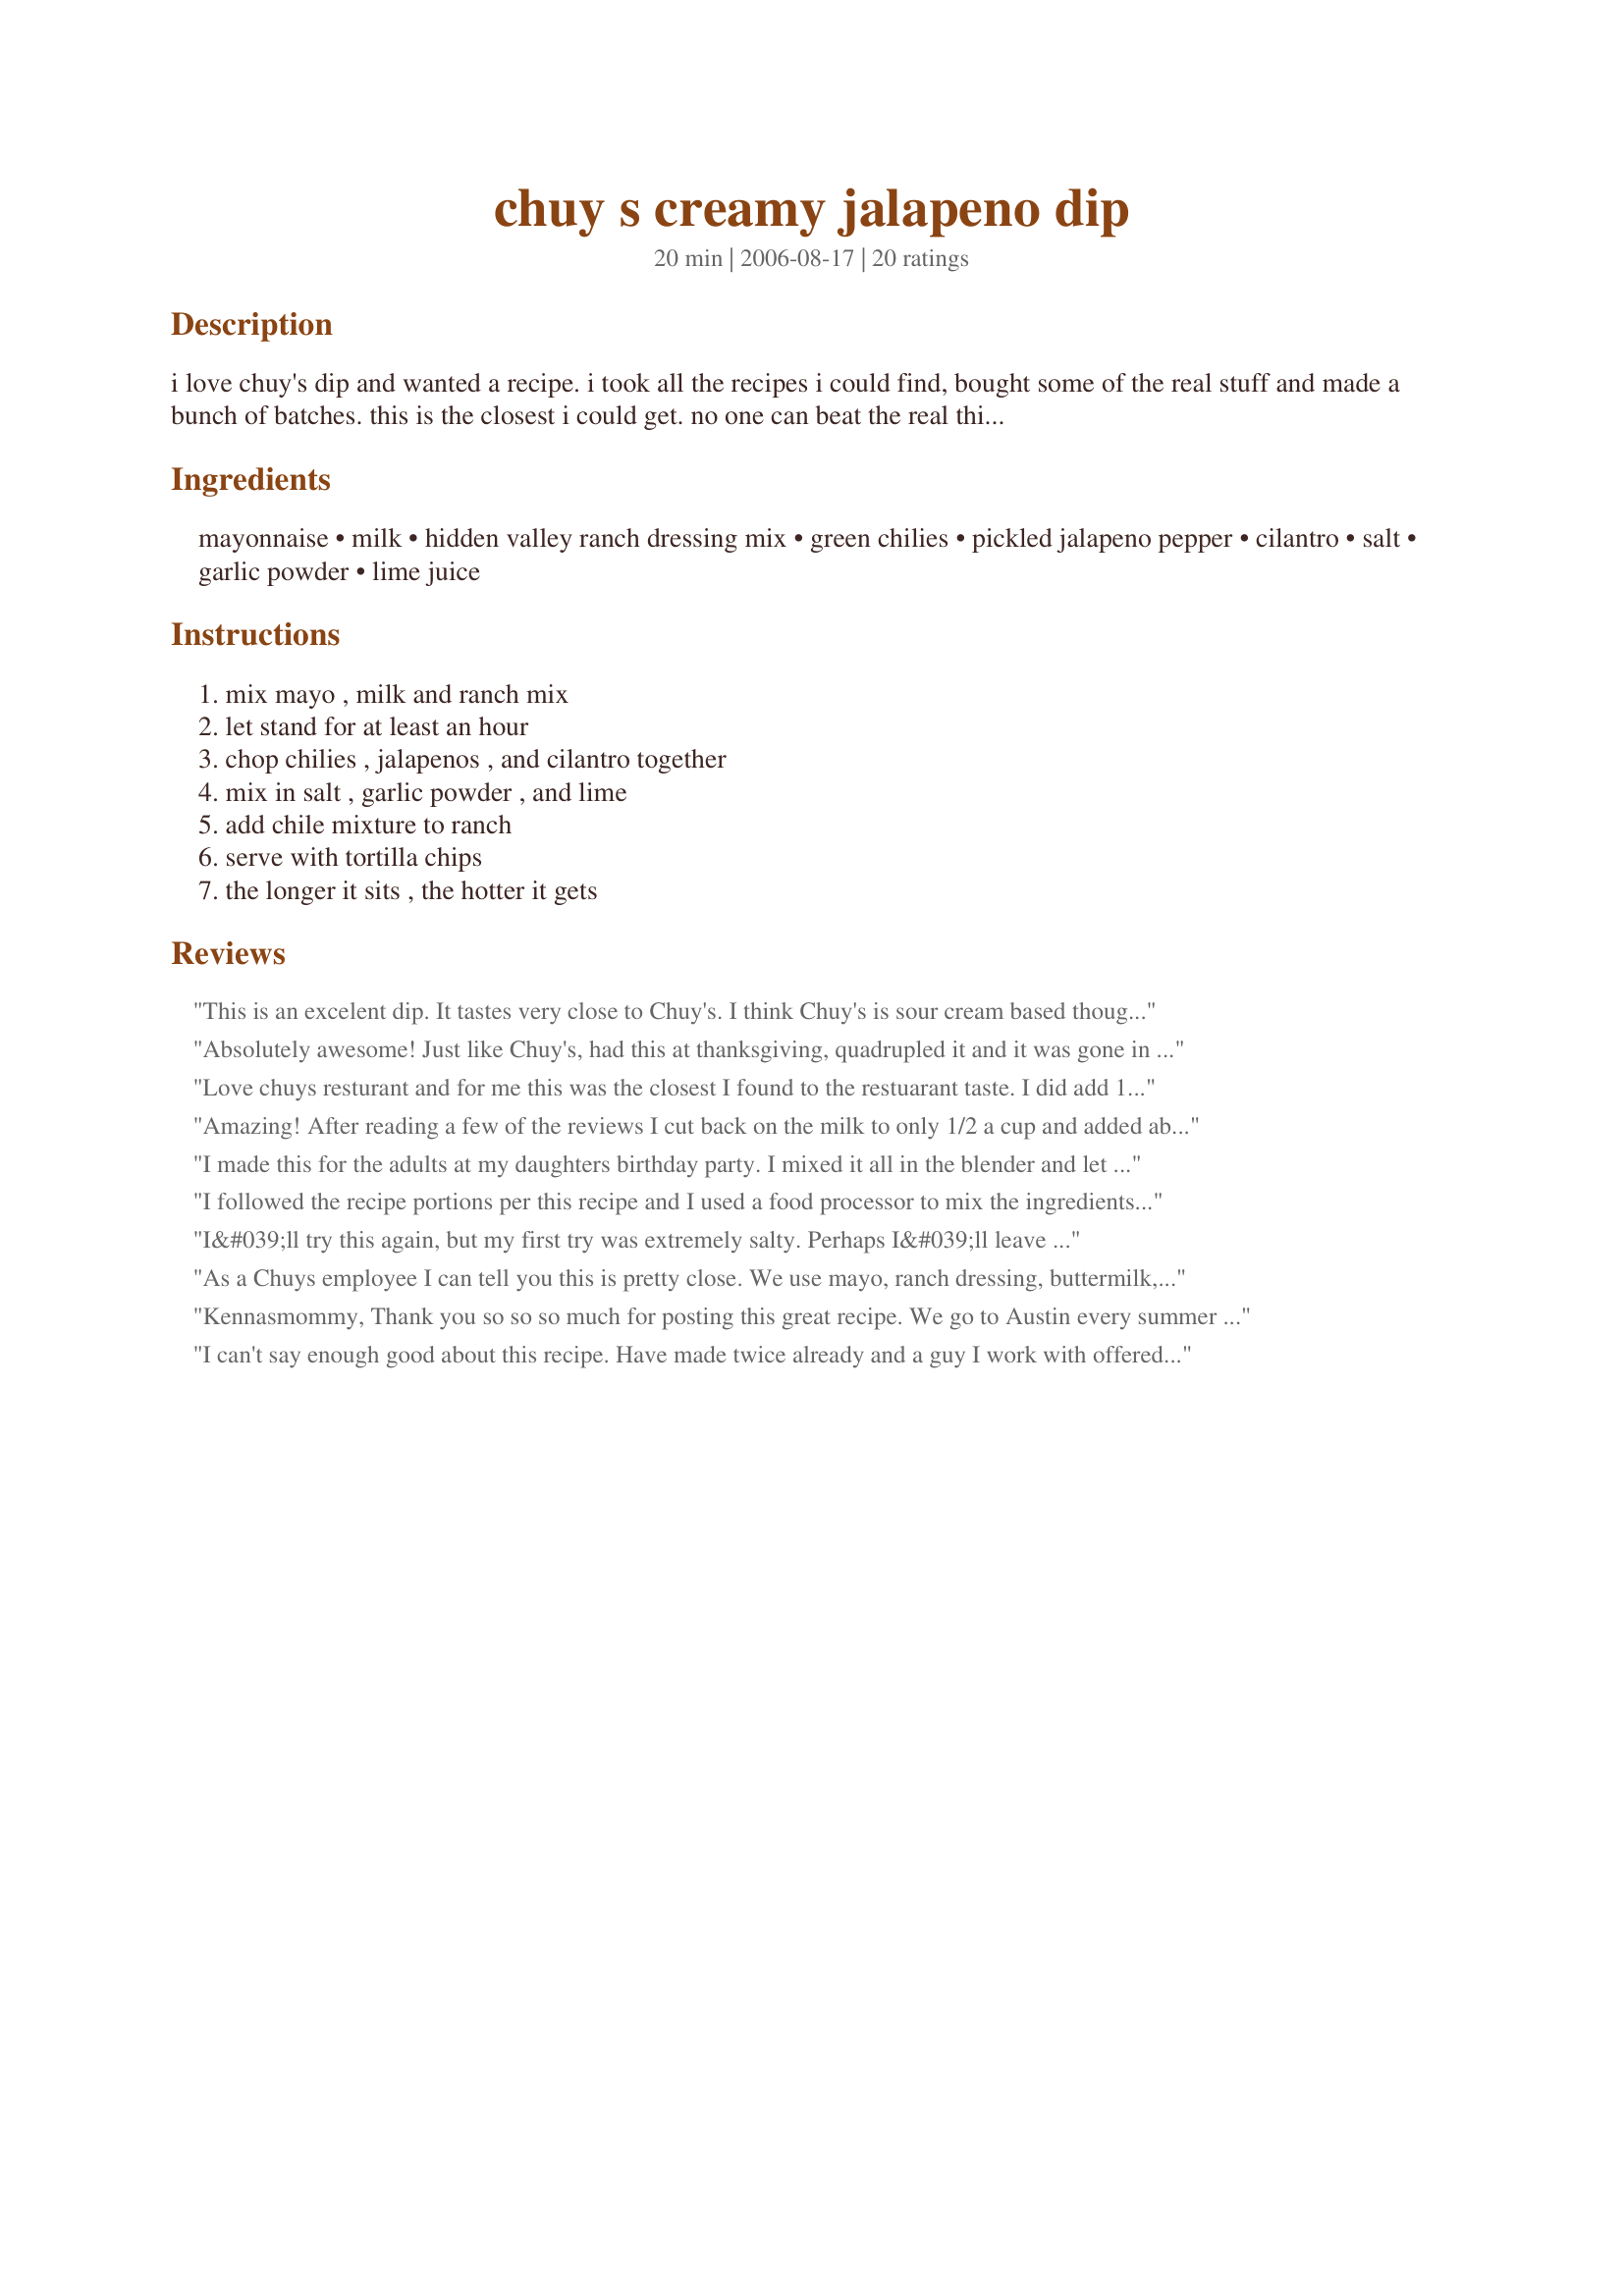
chuy s creamy jalapeno dip
Preparation time: 20 minutes

i love chuy's dip and wanted a recipe. i took all the recipes i could find, bought some of the real stuff and made a bunch of batches. this is the closest i could get. no one can beat the real thing. you can adjust the jalepenos according to your taste. also if you want a smoother texture, everything can be thrown in the blender after step 1. the longer is sits, the hotter it gets.

Ingredients:
mayonnaise, milk, hidden valley ranch dressing mix, green chilies, pickled jalapeno pepper, cilantro, salt, garlic powder, lime juice

Steps:
mix mayo , milk and ranch mix, let stand for at least an hour, chop chilies , jalapenos , and cilantro together, mix in salt , garlic powder , and lime, add chile mixture to ranch, serve with tortilla chips, the longer it sits , the hotter it gets

Reviews:
This is an excelent dip. It tastes very close to Chuy's. I think Chuy's is sour cream based though. But this is very yummy!
Absolutely awesome! Just like Chuy's, had this at thanksgiving, quadrupled it and it was gone in a hurry. I threw everything in food processor and served with warm tortillas, fabulous
Love chuys resturant and for me this was the closest I found to the restuarant taste. I did add 1/2 cup sour cream and it was spot on.
Amazing! After reading a few of the reviews I cut back on the milk to only 1/2 a cup and added about 1/3 of a cup of sour cream (it was still a little thin, but great for dipping none the less). I also blended the jalapenos, green chilies and cilantro in a magic bullet before adding them to the ranch mix to make more of a puree instead of having jalapeno chunks. I will definitely be making this again.
I made this for the adults at my daughters birthday party. I mixed it all in the blender and let it sit, it was too runny and very hot so I mixed in some sourcream it was PERFECT!! Oh and I did not add salt. The bowl was EMPTY!! YUMMY!!! THANK YOU FOR SHARRING!!
I followed the recipe portions per this recipe and I used a food processor to mix the ingredients. I simply portioned out each ingredient into the food processor and mixed, rather than allowing some of them to sit for an hour as instructed. The flavor was good, but wasn't quite as robust as Chuy's. I added 1/2 tsp more garlic and 1 tsp more lime and in my opinion, it was much better and tasted more like the restaurant's version.
I&#039;ll try this again, but my first try was extremely salty. Perhaps I&#039;ll leave the salt out next time and add it afterward. After a few tweaks, it tastes fine but nothing to write home about.
As a Chuys employee I can tell you this is pretty close. We use mayo, ranch dressing, buttermilk, cilantro, jalape&ntilde;os, and our tomatillo sauce.
Kennasmommy, Thank you so so so much for posting this great recipe. We go to Austin every summer and the first restaurant we must visit is Chuy's! The chips with this sauce and the Texas martinis are TDF!
I can't say enough good about this
recipe. Have made twice already 
and a guy I work with offered to pay me to make him a gallon!!
Just great recipe. Thank you so
much Kennasmommy!
Pretty darn good! I ran out of cilantro so could not add the full amount, which may have been either a good thing (as I don't like cilantro a lot) or a bad thing (as what I did add tasted good). I also didn't add as much salt as indicated--just trying to be a bit healthier. Thanks for sharing.
I;ve made this several times. It has become one of the requested items for parties. It's also great on taco salads.
First of all I LOVE Chuy's dip...it's to die for. I made this dip and the results were inedible. The final result was a very sweet mayo tasting dip that tasted nothing like Chuy's at all. I noticed that on the Hidden Valley ranch packet it said to use a cup of mayo and milk, but I stuck to your recipe and used 3/4's instead. Perhaps the mayo I used was not a good choice...I used Miracle Whip (Light). I am going to give this one more try once I find mayo that is not as sweet. Anyways, I will keep my fingers crossed that my next attempt will come out good.
UPDATE: I tried making this again with bottled ranch and the recipe tasted VERY similar to Chuy's. Next time I will use less jalapenos, it was a bit too spicy for me. Overall this is a very good recipe and it's very close to Chuy's version..just don't use Miracle Whip to make it!
I have tried several recipes, but this is by far the best!
This is VERY close. Next time I'll cut the garlic and salt in half (the garlic was overpowering for me). I used tomatillo salsa instead of the green chiles, and chopped everything in the food processor before adding to the ranch/mayo/milk mixture. I also wanted it slightly less spicy, so I cut back to 2/3 cup of jalapenos.
My wife told me about this great sauce a place out in Texas had. After a few different attempts We've found this one to be the closest! It tastes great on anything, especially empanadas or a thing I do called Mexican Wontons. I'm asked to make the sauce all the time for work events and my team loves it!
AMAZING. I made this for a party, and everyone loved it. I got compliments on it all night. I doubled the recipe and by the end of the night only about 2/3 of a cup left. It&#039;s thicker than the Chuy&#039;s version but I think that made it better. Some people even said it was a bit spicier and they thought that was better too. The only complaint I had was that there wasn&#039;t enough left for them to take any home, which is the best complaint to get. I LOVE THIS DIP.
This dip is awesome, it was a little spicy but that is a good thing since it was the only thing keeping me from eating it like soup! I left out the green chilies and used some leftover sour cream instead of some of the mayo. Thanks!!
I just love it - my boyfriend is from Houston - and rants & raves about this dip... I tried your recipe - and he says yours is the best! THANK YOU!
VERY close. I made the recipe with only a small adjustment - more jalapenos to almost a full cup. To get the consistency we expect I used the blender to make it mostly smooth. As a couple it took several days to eat and it definitely got hotter as it went. Will be saving this recipe as it is as close as I can expect without going to Chuy's.
